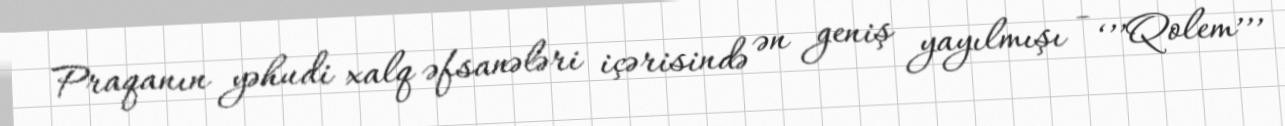
Praqanın yəhudi xalq əfsanələri içərisində ən geniş yayılmışı - ‘’’Qolem’’’